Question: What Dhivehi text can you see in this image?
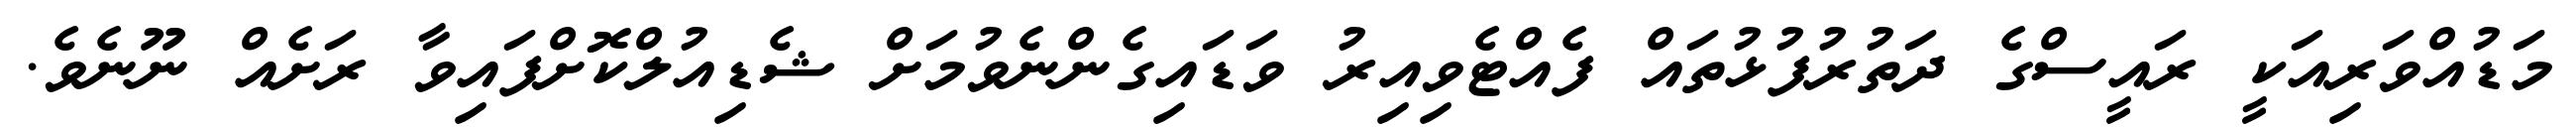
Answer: މަޑުއްވަރިއަކީ ރައީސްގެ ދަތުރުފުޅުތައް ފެއްޓެވިއިރު ވަޑައިގެންނެވުމަށް ޝެޑިއުލްކޮށްފައިވާ ރަށެއް ނޫނެވެ.